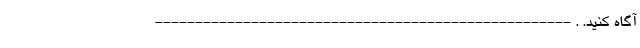
آگاه کنید. . ----------------------------------------------------